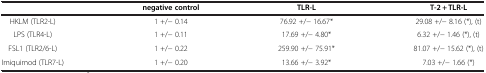
|  | negative control | TLR-L | T-2 + TLR-L |
 | --- | --- | --- | --- |
 | HKLM (TLR2-L) | 1 +/− 0.14 | 76.92 +/− 16.67* | 29.08 +/− 8.16 (*), (t) |
 | LPS (TLR4-L) | 1 +/− 0.11 | 17.69 +/− 4.80* | 6.32 +/− 1.46 (*), (t) |
 | FSL1 (TLR2/6-L) | 1 +/− 0.22 | 259.90 +/− 75.91* | 81.07 +/− 15.62 (*), (t) |
 | Imiquimod (TLR7-L) | 1 +/− 0.20 | 13.66 +/− 3.92* | 7.03 +/− 1.66 (*) |